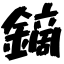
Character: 鏑